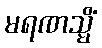
မရဏသ္မိံ